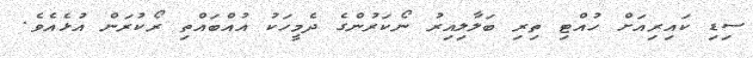
ސިޑި ކައިރިއަށް ހުއްޓި ތިރި ބަލާލިއިރު ނޯކަރުންގެ ދެމީހަކު އުއްބައްތި ރޯކުރަން އުޅެއެވެ.